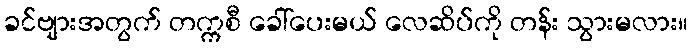
ခင်ဗျားအတွက် တက္ကစီ ခေါ်ပေးမယ် လေဆိပ်ကို တန်း သွားမလား။